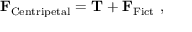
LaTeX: \mathbf { F } _ { \mathrm { C e n t r i p e t a l } } = \mathbf { T } + \mathbf { F } _ { \mathrm { F i c t } } \ ,